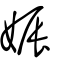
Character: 娠